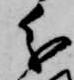
分